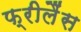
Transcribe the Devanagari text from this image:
फ्रीलैंस